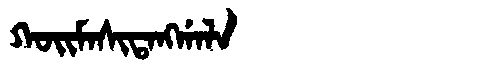
Manchu: ᡴᠣᡳᠮᠠᠰᡳᡨᠠᠩᡤᠠᠯᠠ
Romanization: KOIMASITANGGALA